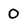
Character: 0